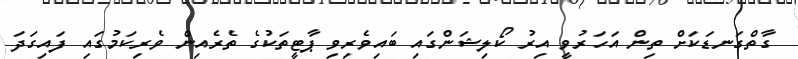
ގާތްގަނޑަކަށް ތިން އަހަރުވީ އިރު ކޯލިޝަންގައި ބައިވެރިވި ޕާޓީތަކުގެ ތެރެއިން ވެރިކަމުގައި ފައިގަދަ